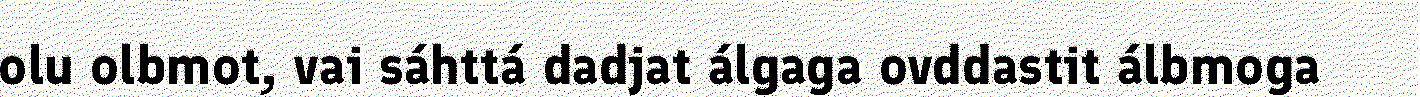
olu olbmot, vai sáhttá dadjat álgaga ovddastit álbmoga